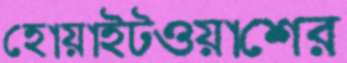
হোয়াইটওয়াশের